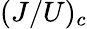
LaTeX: (J/U)_{c}